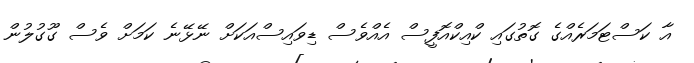
އާ ކަސްޓަމަރެއްގެ ގޮތުގައި ކްއިކްއޮފީސް އެއްވެސް ޑިވައިސްއަކަށް ނޭޅޭނެ ކަމަށް ވެސް ގޫގުލުން